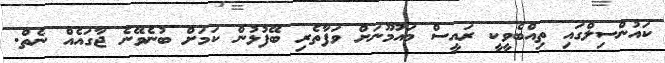
ކައުންސިލްގައި ތިއްބެވީކީ ރައީސް މައުމޫނަށް ވަފާތެރި ބޭފުޅުން ކަމަށް ބުނެވޭނެ ޖާގައެއް ނެތް.